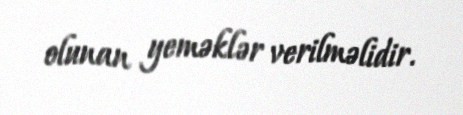
olunan yeməklər verilməlidir.